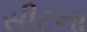
સીટના